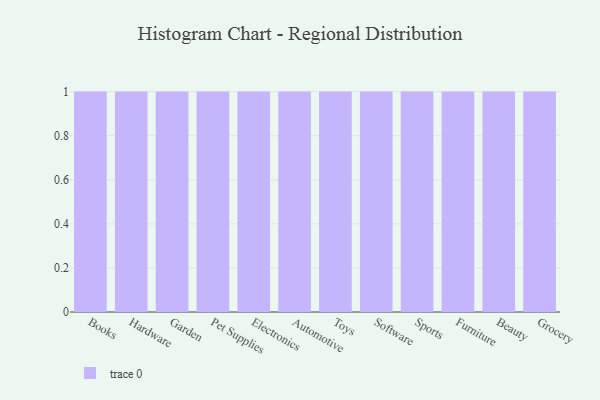
{"axis": {"x": "Category", "y": "Headcount"}, "legend": [""], "data": [{"x": "Books", "y": 93, "type": ""}, {"x": "Hardware", "y": 39, "type": ""}, {"x": "Garden", "y": 4, "type": ""}, {"x": "Pet Supplies", "y": 77, "type": ""}, {"x": "Electronics", "y": 24, "type": ""}, {"x": "Automotive", "y": 83, "type": ""}, {"x": "Toys", "y": 42, "type": ""}, {"x": "Software", "y": 10, "type": ""}, {"x": "Sports", "y": 97, "type": ""}, {"x": "Furniture", "y": 89, "type": ""}, {"x": "Beauty", "y": 32, "type": ""}, {"x": "Grocery", "y": 27, "type": ""}]}